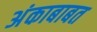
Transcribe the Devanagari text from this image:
अंकाबाबत